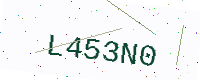
Text: L453N0